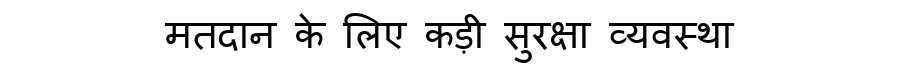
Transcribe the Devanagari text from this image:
मतदान के लिए कड़ी सुरक्षा व्यवस्था